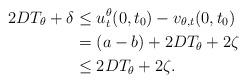
LaTeX: \begin{align*}2DT_{\theta} + \delta &\leq u_{t}^{\theta}(0,t_{0}) - v_{\theta,t}(0,t_{0}) \\&= (a - b) + 2 DT_{\theta} + 2 \zeta \\&\leq 2 DT_{\theta} + 2 \zeta.\end{align*}